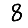
Digit: 8